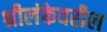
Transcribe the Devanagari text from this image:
श्रीलंकेवरील